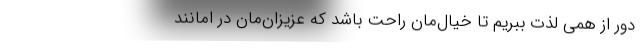
دور از همی لذت ببریم تا خیال‌مان راحت باشد که عزیزان‌مان در امانند